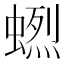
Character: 𧏲